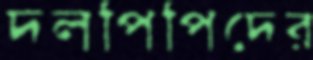
দলপিপিদের